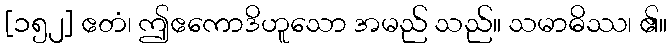
[၁၅၂] ဧတံ၊ ဤဧကောဒိဟူသော အမည် သည်။ သမာဓိဿ၊ ၏။